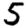
Digit: 5